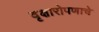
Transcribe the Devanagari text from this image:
वृक्षारोपणाचे